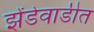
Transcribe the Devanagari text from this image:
झेंडेवाडीत